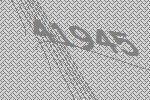
41945